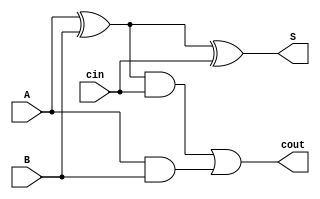
module fullAdder1Bit(A, B, cin, S, cout);

	input A, B, cin;
	output S, cout;

	wire  [2:0]W;
	xor (W[0],A,B);
	xor (S,W[0],cin);
	and(W[1],W[0],cin);
	and(W[2],A,B);
	or(cout,W[1],W[2]); 

endmodule